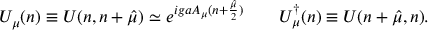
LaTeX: U _ { \mu } ( n ) \equiv U ( n , n + \hat { \mu } ) \simeq e ^ { i g a A _ { \mu } ( n + { \frac { \hat { \mu } } { 2 } } ) } \quad \quad U _ { \mu } ^ { \dagger } ( n ) \equiv U ( n + \hat { \mu } , n ) .